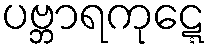
ပဗ္ဘာရကုဋ္ဋေ